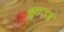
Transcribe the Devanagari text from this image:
फ्लाउड